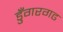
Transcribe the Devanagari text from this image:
डुँगरगढ